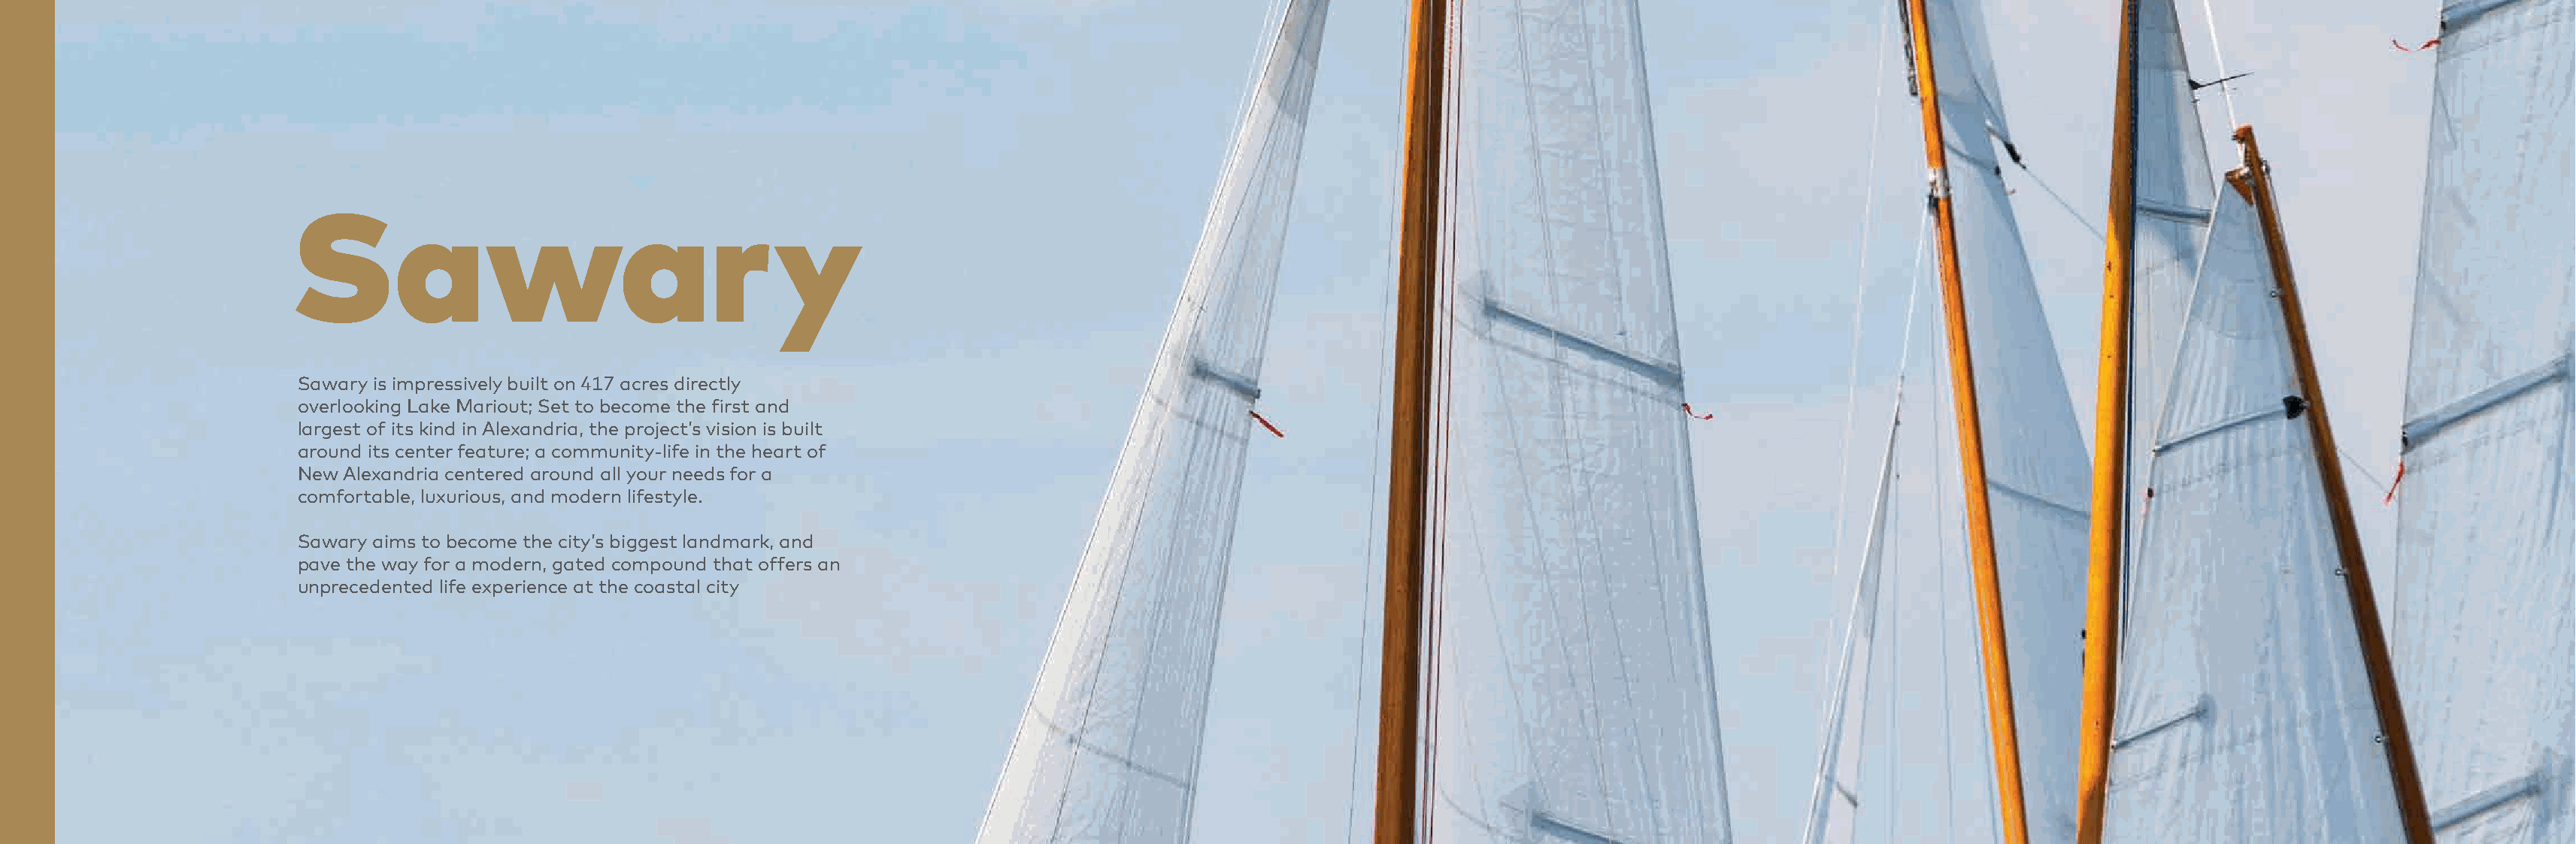
Sawary
 Sawary is impressively built on 417 acres directly
 overlooking Lake Mariout; Set to become the first and
 largest of its kind in Alexandria, the project’s vision is built
 around its center feature; a community-life in the heart of
 New Alexandria centered around all your needs for a
 comfortable, luxurious, and modern lifestyle.
 Sawary aims to become the city’s biggest landmark, and
 pave the way for a modern, gated compound that offers an
 unprecedented life experience at the coastal city